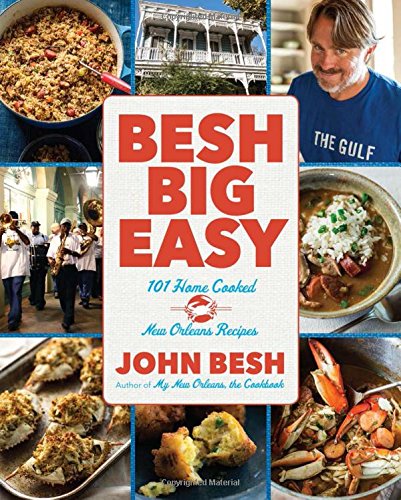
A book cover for Besh Big Easy: 101 Home Cooked New Orleans Recipes; John Besh; Cookbooks, Food & Wine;